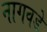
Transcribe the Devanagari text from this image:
नागवडे